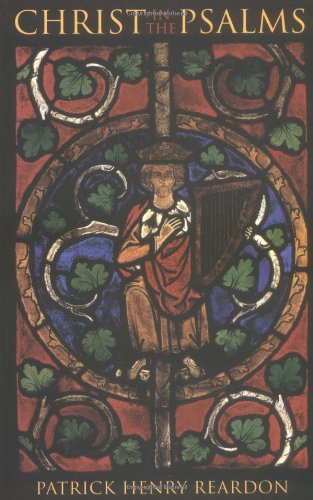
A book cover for Christ in the Psalms; Patrick Henry Reardon; Christian Books & Bibles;